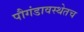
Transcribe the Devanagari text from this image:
पौगंडावस्थेतच